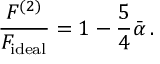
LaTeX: { \frac { { \cal F } ^ { ( 2 ) } } { { \cal F } _ { \mathrm { i d e a l } } } } = 1 - { \frac { 5 } { 4 } } \bar { \alpha } \, .